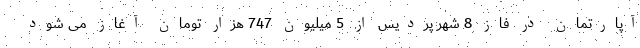
آپارتمان در فاز 8 شهر پردیس از 5 میلیون 747 هزار تومان آغاز می شود